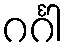
ဂင်္ဂါ